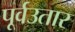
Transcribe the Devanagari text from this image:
पूर्वउतार